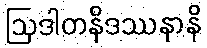
ဩဒါတနိဒဿနာနိ